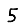
Digit: 5